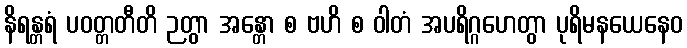
နိရန္တရံ ပဝတ္တတီတိ ဉတွာ အန္တော စ ဗဟိ စ ဝါတံ အပရိဂ္ဂဟေတွာ ပုရိမနယေနေဝ